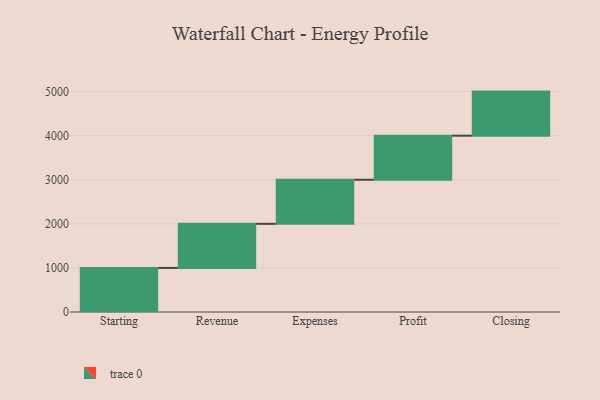
{"axis": {"x": "Step", "y": "Value"}, "legend": [""], "data": [{"x": "Starting", "y": 1000, "type": ""}, {"x": "Revenue", "y": 1000, "type": ""}, {"x": "Expenses", "y": 1000, "type": ""}, {"x": "Profit", "y": 1000, "type": ""}, {"x": "Closing", "y": 1000, "type": ""}]}